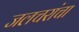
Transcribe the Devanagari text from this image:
जलचरांचा